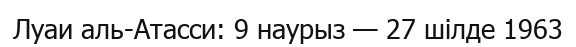
Луаи аль-Атасси: 9 наурыз — 27 шілде 1963